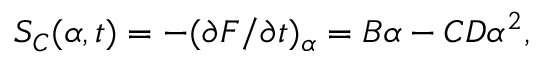
S _ { C } ( \alpha , t ) = - ( \partial { F } / \partial { t } ) _ { \alpha } = B \alpha - C D \alpha ^ { 2 } ,